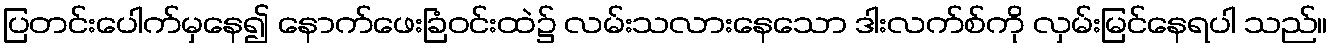
ပြတင်းပေါက်မှနေ၍ နောက်ဖေးခြံဝင်းထဲ၌ လမ်းသလားနေသော ဒါးလက်စ်ကို လှမ်းမြင်နေရပါ သည်။